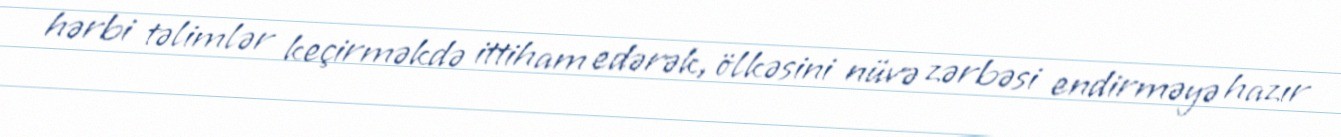
hərbi təlimlər keçirməkdə ittiham edərək, ölkəsini nüvə zərbəsi endirməyə hazır